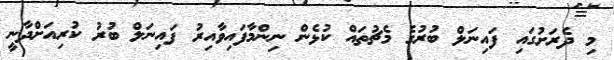
މި ދެރަށުގައި ފައިނަލް ބުރުގެ މެޗުތައް ކުޅެން ނިންމާފައިވާއިރު ފައިނަލް ބުރު ކުރިއަށްދާނީ